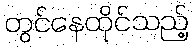
တွင်နေထိုင်သည့်